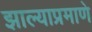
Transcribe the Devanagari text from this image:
झाल्याप्रमाणे